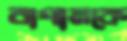
বাগানকে